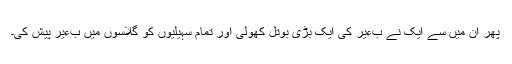
پھر ان میں سے ایک نے بءیر کی ایک بڑی بوتل کھولی اور تمام سہیلیوں کو گلاسوں میں بءیر پیش کی۔